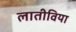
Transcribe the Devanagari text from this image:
लातीविया